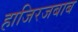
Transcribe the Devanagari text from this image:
हाजिरजबाब